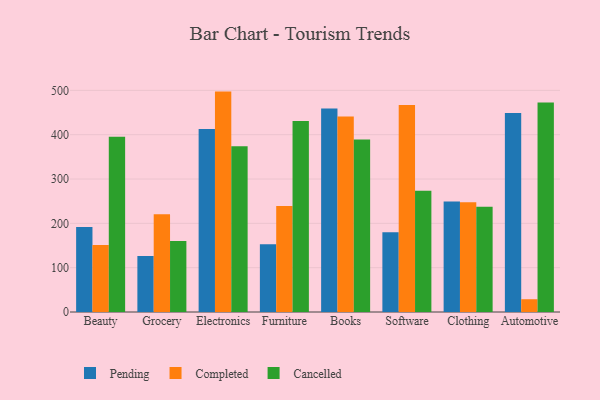
{"axis": {"x": "Category", "y": "Bounce Rate (%)"}, "legend": ["Cancelled", "Completed", "Pending"], "data": [{"x": "Beauty", "y": 191.7, "type": "Pending"}, {"x": "Beauty", "y": 151.3, "type": "Completed"}, {"x": "Beauty", "y": 395.6, "type": "Cancelled"}, {"x": "Grocery", "y": 126.1, "type": "Pending"}, {"x": "Grocery", "y": 220.6, "type": "Completed"}, {"x": "Grocery", "y": 160.3, "type": "Cancelled"}, {"x": "Electronics", "y": 412.6, "type": "Pending"}, {"x": "Electronics", "y": 497.2, "type": "Completed"}, {"x": "Electronics", "y": 374.0, "type": "Cancelled"}, {"x": "Furniture", "y": 152.7, "type": "Pending"}, {"x": "Furniture", "y": 239.3, "type": "Completed"}, {"x": "Furniture", "y": 430.6, "type": "Cancelled"}, {"x": "Books", "y": 458.9, "type": "Pending"}, {"x": "Books", "y": 441.2, "type": "Completed"}, {"x": "Books", "y": 389.0, "type": "Cancelled"}, {"x": "Software", "y": 179.9, "type": "Pending"}, {"x": "Software", "y": 467.1, "type": "Completed"}, {"x": "Software", "y": 273.4, "type": "Cancelled"}, {"x": "Clothing", "y": 249.4, "type": "Pending"}, {"x": "Clothing", "y": 247.6, "type": "Completed"}, {"x": "Clothing", "y": 237.2, "type": "Cancelled"}, {"x": "Automotive", "y": 449.2, "type": "Pending"}, {"x": "Automotive", "y": 28.8, "type": "Completed"}, {"x": "Automotive", "y": 472.7, "type": "Cancelled"}]}